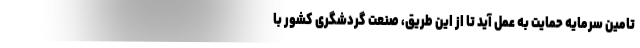
تامین سرمایه حمایت به عمل آید تا از این طریق، صنعت گردشگری کشور با